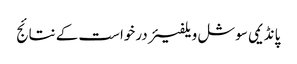
پانڈیمی سوشل ویلفیئر درخواست کے نتائج